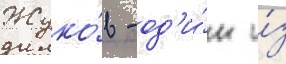
Жуко́в - од'и́н и́з